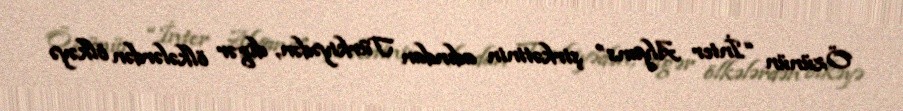
Özünün “İnter Alyans” şirkətinin adından Türkiyədən, digər ölkələrdən ölkəyə